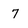
Character: 7